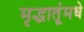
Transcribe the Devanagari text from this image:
मृद्धातूंमधे